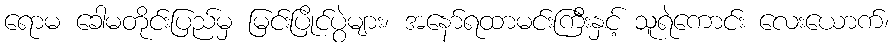
ရောမ ခေါမတိုင်းပြည်မှ မြင်းပြိုင်ပွဲများ၊ အနော်ရထာမင်းကြီးနှင့် သူရဲကောင်း လေးယောက်၊